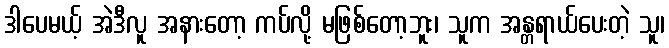
ဒါပေမယ့် အဲဒီလူ အနားတော့ ကပ်လို့ မဖြစ်တော့ဘူး၊ သူက အန္တရာယ်ပေးတဲ့ သူ၊